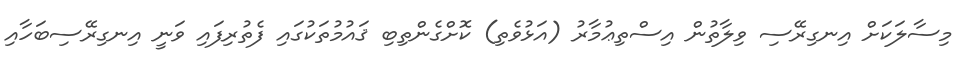
މިސާލަކަށް އިނގިރޭސި ވިލާތުން އިސްތިޢުމާރު (އަޅުވެތި) ކޮށްގެންތިބި ޤައުމުތަކުގައި ފެތުރިފައި ވަނީ އިނގިރޭސިބަހާއި